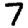
Digit: 7